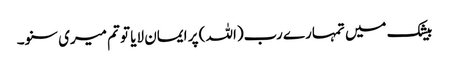
بیشک میں تمہارے رب(اللہ ) پر ایمان لایا تو تم میری سنو۔